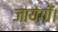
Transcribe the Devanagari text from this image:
जायेगाँ।